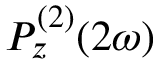
P _ { z } ^ { ( 2 ) } ( 2 \omega )